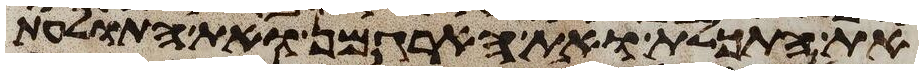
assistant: את התכלת ואת הארגמן ואת התולעת